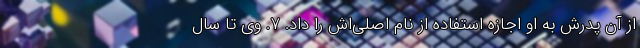
از آن پدرش به او اجازهٔ استفاده از نام اصلی‌اش را داد. ۷. وی تا سال